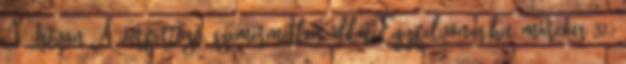
J. István A vérfertőző, szemérmetlen állat Egyfelvonas.hu, március 31.,